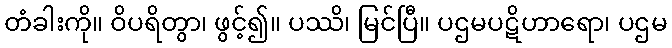
တံခါးကို။ ဝိပရိတွာ၊ ဖွင့်၍။ ပဿိ၊ မြင်ပြီ။ ပဌမပဋိဟာရော၊ ပဌမ